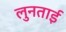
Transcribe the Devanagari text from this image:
लुनताई